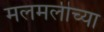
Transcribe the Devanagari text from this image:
मलमलीच्या